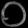
Digit: ၀